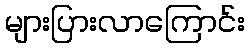
များပြားလာကြောင်း